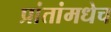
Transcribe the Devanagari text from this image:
प्रांतांमधेच